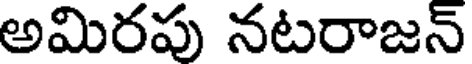
అమిరపు నటరాజన్